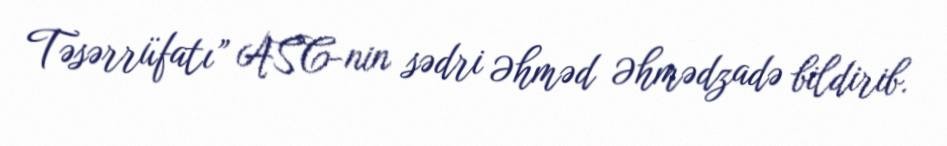
Təsərrüfatı” ASC-nin sədri Əhməd Əhmədzadə bildirib.